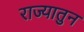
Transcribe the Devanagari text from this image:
राज्यातुन